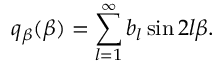
q _ { \beta } ( \beta ) = \sum _ { l = 1 } ^ { \infty } b _ { l } \sin 2 l \beta .